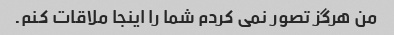
من هرگز تصور نمی کردم شما را اینجا ملاقات کنم.